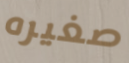
صغيره